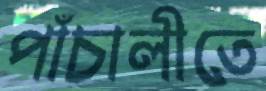
পাঁচালীতে